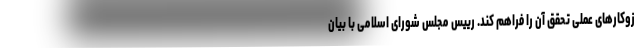
زوکارهای عملی تحقق آن را فراهم کند. رییس مجلس شورای اسلامی با بیان